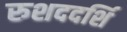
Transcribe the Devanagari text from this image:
रुशददर्शि